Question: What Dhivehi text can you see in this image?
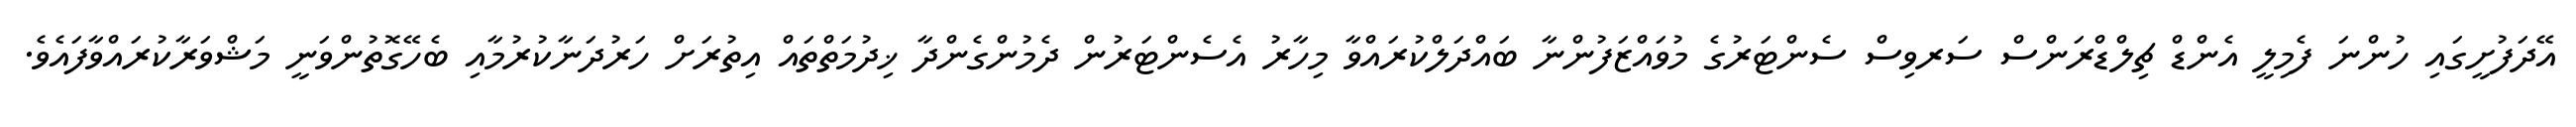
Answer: އޭދަފުށީގައި ހުންނަ ފެމިލީ އެންޑް ޗިލްޑްރަންސް ސަރވިސް ސެންޓަރުގެ މުވައްޒަފުންނާ ބައްދަލްކުރައްވާ މިހާރު އެސެންޓަރުން ދެމުންގެންދާ ޚިދުމަތްތައް އިތުރަށް ހަރުދަނާކުރުމާއި ބެހޭގޮތުންވަނީ މަޝްވަރާކުރައްވާފައެވެ.